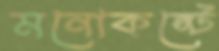
মনোকষ্টে